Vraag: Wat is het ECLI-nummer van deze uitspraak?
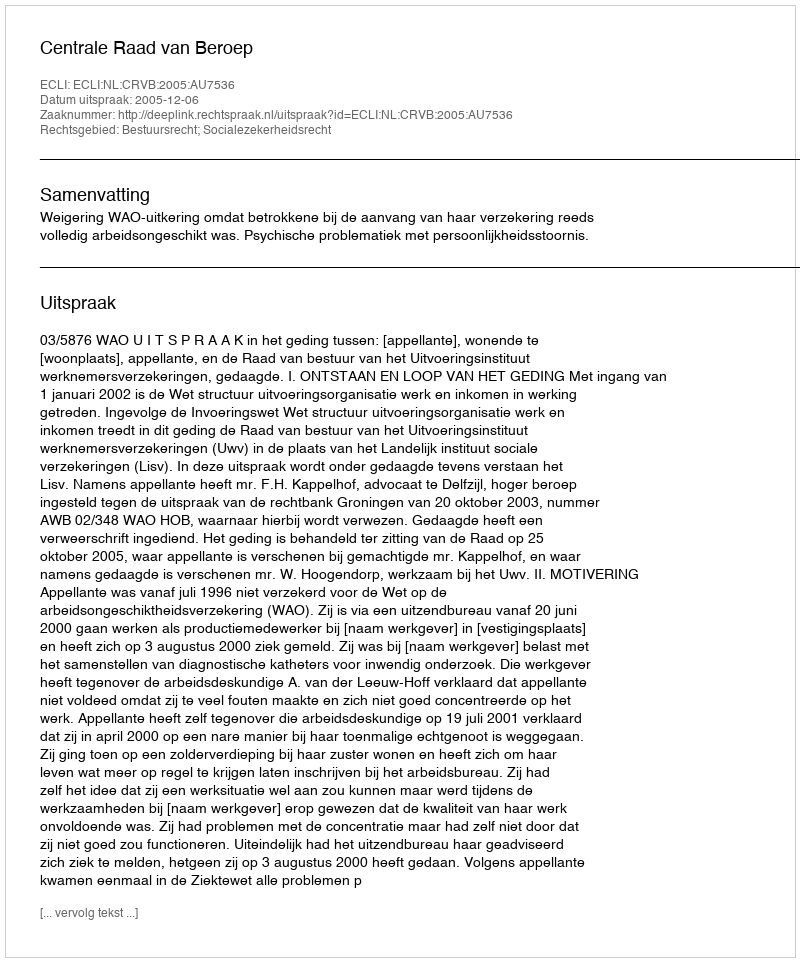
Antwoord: ECLI:NL:CRVB:2005:AU7536